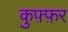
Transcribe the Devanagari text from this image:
कुफ़्फ़र